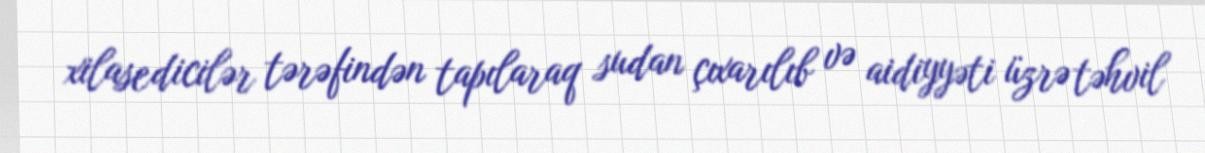
xilasedicilər tərəfindən tapılaraq sudan çıxarılıb və aidiyyəti üzrə təhvil